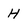
Character: H